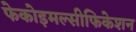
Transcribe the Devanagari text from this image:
फेकोइमल्सीफिकेशन